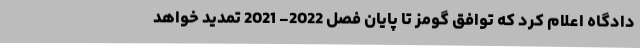
دادگاه اعلام کرد که توافق گومز تا پایان فصل 2022- 2021 تمدید خواهد